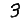
Digit: 3